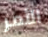
الأمر